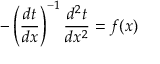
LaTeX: - \left( { \frac { d t } { d x } } \right) ^ { - 1 } { \frac { d ^ { 2 } t } { d x ^ { 2 } } } = f ( x )